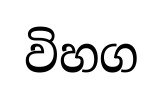
විහග